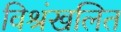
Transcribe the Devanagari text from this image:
विश्रंखलित